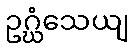
ဥဂ္ဃံသေယျ